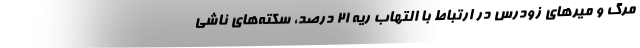
مرگ و میرهای زودرس در ارتباط با التهاب ریه 21 درصد، سکته‌های ناشی